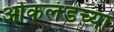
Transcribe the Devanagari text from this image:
ओकलंडच्या